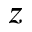
z